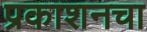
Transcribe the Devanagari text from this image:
प्रकाशनचा